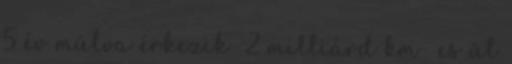
5 év múlva érkezik 2 milliárd km- es út